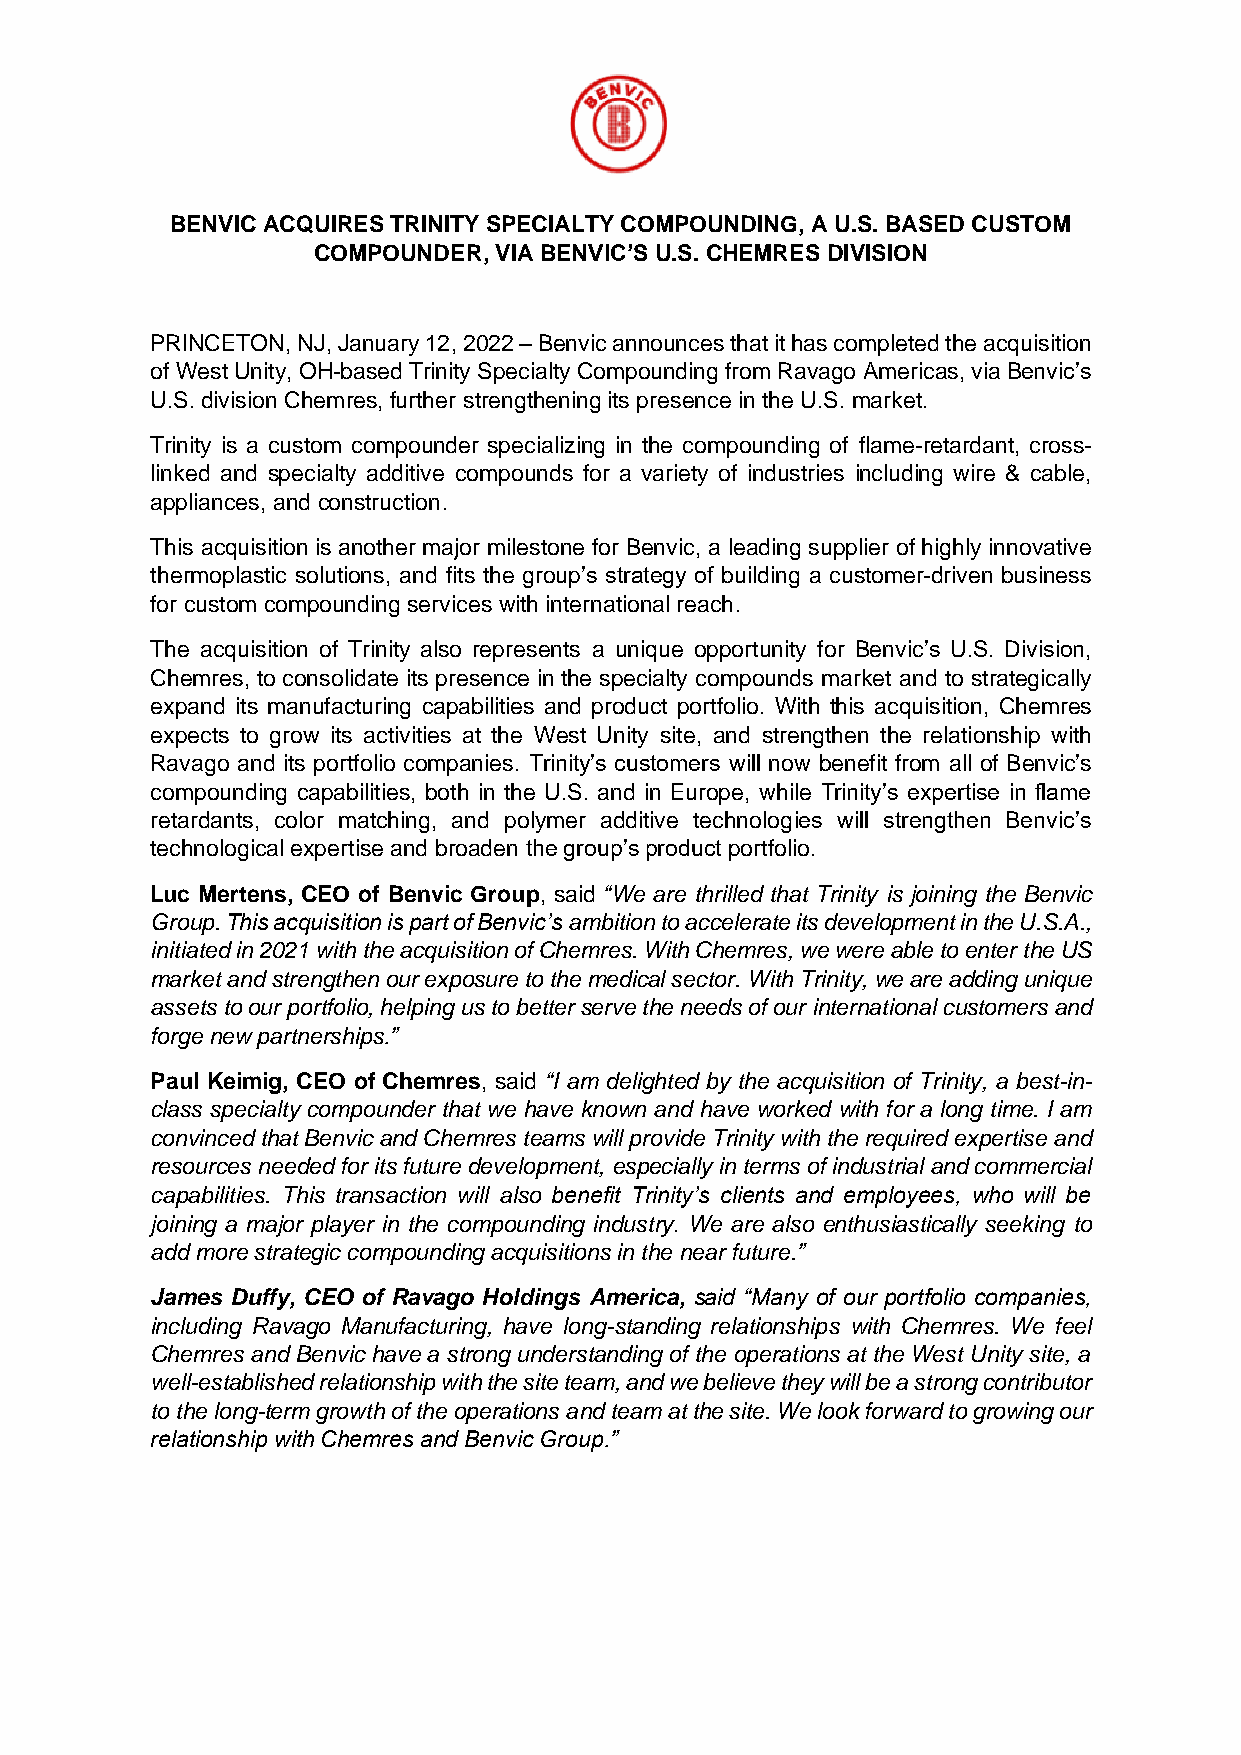
BENVIC ACQUIRES TRINITY SPECIALTY COMPOUNDING, A U.S. BASED CUSTOM
 COMPOUNDER, VIA BENVIC’S U.S. CHEMRES DIVISION
 PRINCETON, NJ, January 12, 2022 – Benvic announces that it has completed the acquisition
 of West Unity, OH-based Trinity Specialty Compounding from Ravago Americas, via Benvic’s
 U.S. division Chemres, further strengthening its presence in the U.S. market.
 Trinity is a custom compounder specializing in the compounding of flame-retardant, cross-
 linked and specialty additive compounds for a variety of industries including wire & cable,
 appliances, and construction.
 This acquisition is another major milestone for Benvic, a leading supplier of highly innovative
 thermoplastic solutions, and fits the group’s strategy of building a customer-driven business
 for custom compounding services with international reach.
 The acquisition of Trinity also represents a unique opportunity for Benvic’s U.S. Division,
 Chemres, to consolidate its presence in the specialty compounds market and to strategically
 expand its manufacturing capabilities and product portfolio. With this acquisition, Chemres
 expects to grow its activities at the West Unity site, and strengthen the relationship with
 Ravago and its portfolio companies. Trinity’s customers will now benefit from all of Benvic’s
 compounding capabilities, both in the U.S. and in Europe, while Trinity’s expertise in flame
 retardants, color matching, and polymer additive technologies will strengthen Benvic’s
 technological expertise and broaden the group’s product portfolio.
 Luc Mertens, CEO of Benvic Group, said “We are thrilled that Trinity is joining the Benvic
 Group. This acquisition is part of Benvic’s ambition to accelerate its development in the U.S.A.,
 initiated in 2021 with the acquisition of Chemres. With Chemres, we were able to enter the US
 market and strengthen our exposure to the medical sector. With Trinity, we are adding unique
 assets to our portfolio, helping us to better serve the needs of our international customers and
 forge new partnerships.”
 Paul Keimig, CEO of Chemres, said “I am delighted by the acquisition of Trinity, a best-in-
 class specialty compounder that we have known and have worked with for a long time. I am
 convinced that Benvic and Chemres teams will provide Trinity with the required expertise and
 resources needed for its future development, especially in terms of industrial and commercial
 capabilities. This transaction will also benefit Trinity’s clients and employees, who will be
 joining a major player in the compounding industry. We are also enthusiastically seeking to
 add more strategic compounding acquisitions in the near future.”
 James Duffy, CEO of Ravago Holdings America, said “Many of our portfolio companies,
 including Ravago Manufacturing, have long-standing relationships with Chemres. We feel
 Chemres and Benvic have a strong understanding of the operations at the West Unity site, a
 well-established relationship with the site team, and we believe they will be a strong contributor
 to the long-term growth of the operations and team at the site. We look forward to growing our
 relationship with Chemres and Benvic Group.”